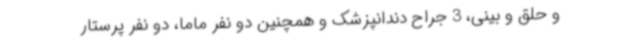
و حلق و بینی، 3 جراح دندانپزشک و همچنین دو نفر ماما، دو نفر پرستار